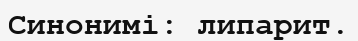
Синонимі: липарит.